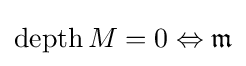
\operatorname {depth} M=0\Leftrightarrow {\mathfrak {m}}